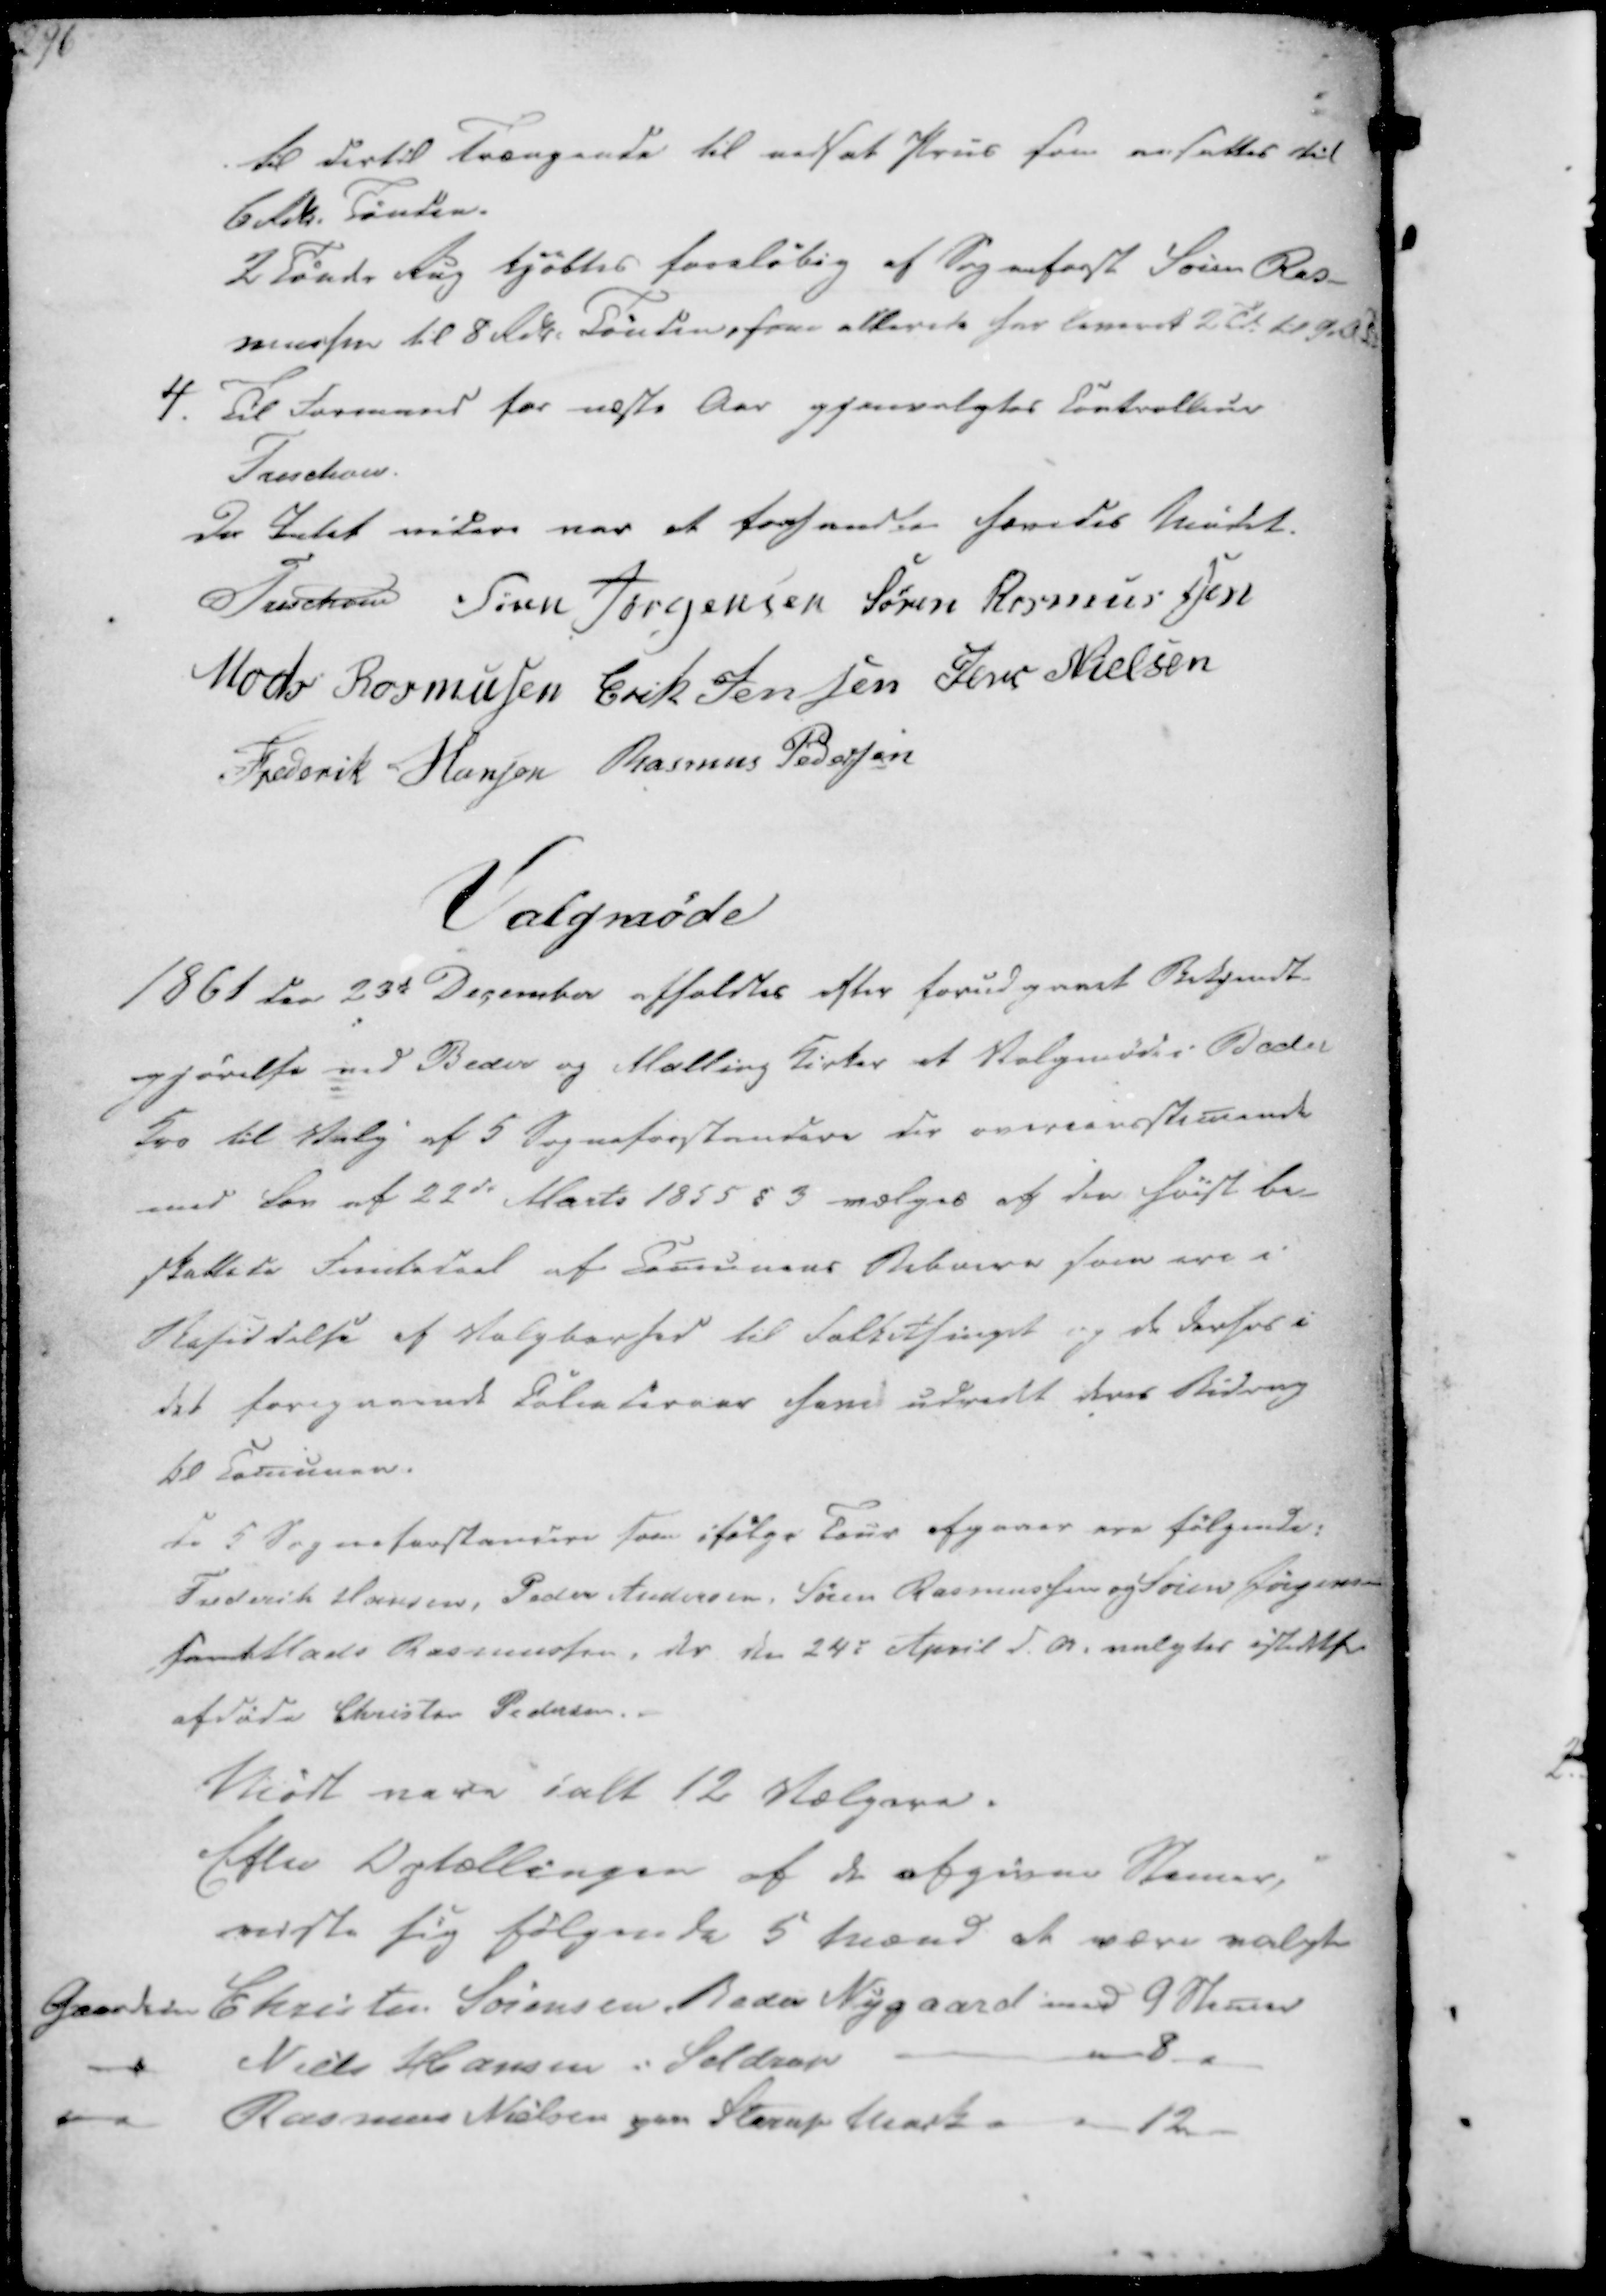
Transskription:
til dertil Trængende til nedsat Priis som ansattes til
6 Rdlr. Tønden.
2 Tønder Rug kjøbtes foreløbig af Sogneforst Søren Ras-
mussen til 8 Rdr. Tønden, som allerede har leveret 2 Td. til

4. Til Formand for næste Aar gjenvalgtes Controlleur
Treschov.

Da Intet videre var at forhandle hævedes Mødet.
Treschov
Søren Jørgensen
Søren Rasmussen
Mads Rasmussen
Erik Jensen
Jens Nielsen
Frederik Hansen
Rasmus Pedersen

Valgmøde

1861 den 23de December afholdtes efter forudgaaet Bekjendt-
gjørelse ved Beder og Malling Kirker et Valgmøde i Beder
Kro til Valg af 5 Sogneforstandere der overensstemende
med Lov af 22de Marts 1855 § 3 vælges af den høist be-
skattede Femtedeel af Comunens Beboere som ere i
Besiddelse af Valgbarhed til Folkethinget og de derhos i
det foregaaende Palenteraar have udredt deres Bidrag
til Comunen.

de 5 Sogneforstandere som ifølge Tour afgaaer ere følgende:
Frederik Hansen, Peder Andersen, Søren Rasmussen og Søren Jørgensen
samt Mads Rasmussen, der den 24e April d.A. valgtes istedetfor
afdøde Christen Pedersen.

Mødt vare ialt 12 Vælgere.
Efter Optællingen af de afgivne Stemer,
viste sig følgende 5 Mænd at være valgte

Gaardeier Christen Sørensen Beder Nygaard med 9 Stemer
Niels Hansen i Seldrup
8
Rasmus Nielsen paa Starup Mark
12